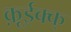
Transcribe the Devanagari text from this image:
क़ूईक्क्